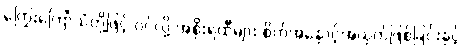
ကြွေးကြော်သံတို့ဖြင့် ဝင်လို့ အစိုးရထီများ စိတ်အနှောင့်အယှက်ဖြစ်ခြင်းနှင့်